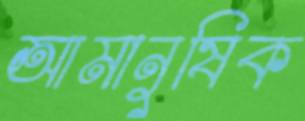
আমানুষিক